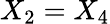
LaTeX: X_{2}=X_{4}